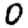
Digit: 0